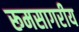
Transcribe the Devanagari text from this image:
रूमसागरीय